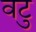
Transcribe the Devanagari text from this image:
वटु